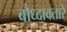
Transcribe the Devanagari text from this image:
बौध्दावतारे